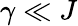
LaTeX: \gamma\ll J